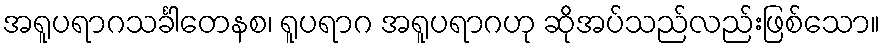
အရူပရာဂသင်္ခါတေနစ၊ ရူပရာဂ အရူပရာဂဟု ဆိုအပ်သည်လည်းဖြစ်သော။